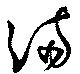
滿